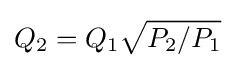
{Q_{2}}={Q_{1}}{\sqrt {P_{2}/P_{1}}}